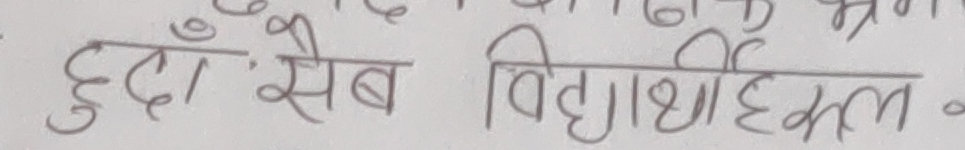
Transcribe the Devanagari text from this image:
हुँदा 'सेब विद्यार्थीकल ।